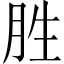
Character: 胜